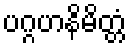
ပဂ္ဂဟနိမိတ္တံ